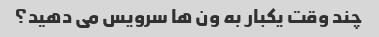
چند وقت یکبار به ون ها سرویس می دهید؟